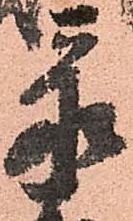
忝